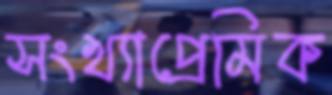
সংখ্যাপ্রেমিক